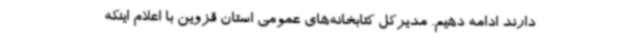
دارند ادامه دهیم. مدیرکل کتابخانه‌های عمومی استان قزوین با اعلام اینکه